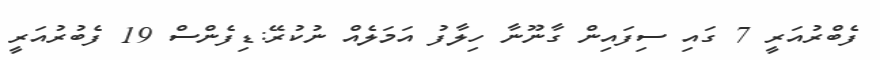
ފެބްރުއަރީ 7 ގައި ސިފައިން ގާނޫނާ ހިލާފު އަމަލެއް ނުކުރޭ:ޑިފެންސް 19 ފެބުރުއަރީ